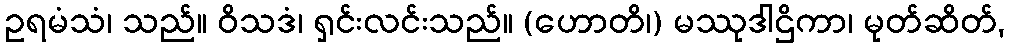
ဥရမံသံ၊ သည်။ ဝိသဒံ၊ ရှင်းလင်းသည်။ (ဟောတိ၊) မဿုဒါဌိကာ၊ မုတ်ဆိတ်,